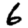
Digit: 6